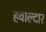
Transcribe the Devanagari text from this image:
हवाल्दार